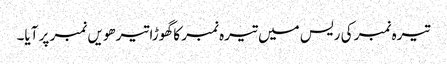
تیرہ نمبر کی ریس میں تیرہ نمبر کا گھوڑا تیرھویں نمبر پر آیا۔